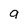
Character: q